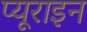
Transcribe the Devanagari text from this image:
प्यूराइन